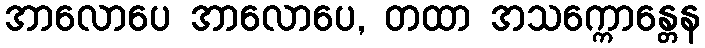
အာလောပေ အာလောပေ, တထာ အသက္ကောန္တေန